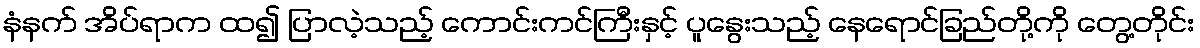
နံနက် အိပ်ရာက ထ၍ ပြာလဲ့သည့် ကောင်းကင်ကြီးနှင့် ပူနွေးသည့် နေရောင်ခြည်တို့ကို တွေ့တိုင်း